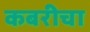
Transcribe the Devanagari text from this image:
कबरीचा